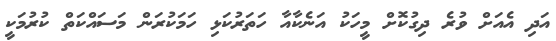
އަދި އެއަށް ވުރެ ދިގުކޮށް މީހަކު އަނެކާއާ ހަތަރުކަޅި ހަމަކުރަން މަސައްކަތް ކުރުމަކީ